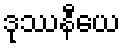
ဒုဿနီယေ